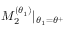
M _ { 2 } ^ { ( \theta _ { 1 } ) } | _ { \theta _ { 1 } = \theta ^ { + } }